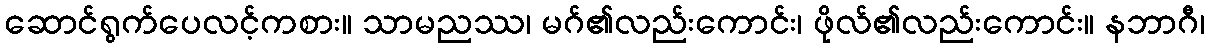
ဆောင်ရွက်ပေလင့်ကစား။ သာမညဿ၊ မဂ်၏လည်းကောင်း၊ ဖိုလ်၏လည်းကောင်း။ နဘာဂီ၊